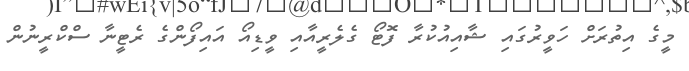
މީގެ އިތުރަށް ހަވީރުގައި ޝާއިއުކުރާ ފޮޓޯ ގެލެރީއާއި ވީޑިއޯ އައިފޯންގެ ރެޓީނާ ސްކްރީނުން